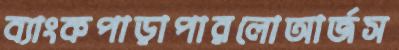
ব্যাংকপাড়াপারলোআর্জস